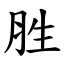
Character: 胜